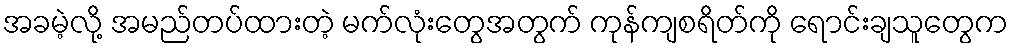
အခမဲ့လို့ အမည်တပ်ထားတဲ့ မက်လုံးတွေအတွက် ကုန်ကျစရိတ်ကို ရောင်းချသူတွေက